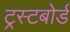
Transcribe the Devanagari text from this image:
ट्रस्टबोर्ड